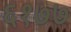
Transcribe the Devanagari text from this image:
६१७७